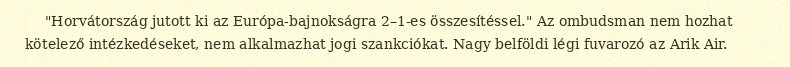
"Horvátország jutott ki az Európa-bajnokságra 2–1-es összesítéssel." Az ombudsman nem hozhat kötelező intézkedéseket, nem alkalmazhat jogi szankciókat. Nagy belföldi légi fuvarozó az Arik Air.